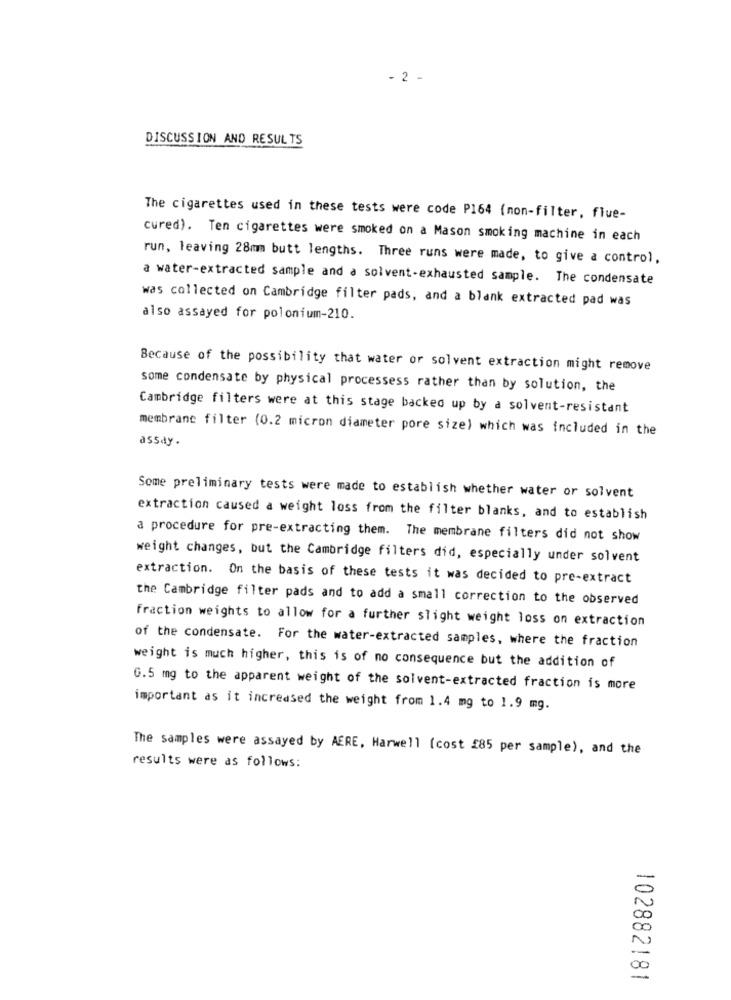
- 2 -
DISCUSSION AND RESULTS
The cigarettes used in these tests were code P164 (non-filter, flue-
cured). Ten cigarettes were smoked on a Mason smoking machine in each
run, leaving 28mm butt lengths. Three runs were made, to give a control,
a water-extracted sample and a solvent-exhausted sample. The condensate
was collected on Cambridge filter pads, and a blank extracted pad was
also assayed for polonium-210.
Because of the possibility that water or solvent extraction might remove
some condensate by physical processess rather than by solution, the
Cambridge filters were at this stage backed up by a solvent-resistant
membrane filter (0.2 micron diameter pore size) which was included in the
assay .
Some preliminary tests were made to establish whether water or solvent
extraction caused a weight loss from the filter blanks, and to establish
a procedure for pre-extracting them. The membrane filters did not show
weight changes, but the Cambridge filters did, especially under solvent
extraction. On the basis of these tests it was decided to pre-extract
the Cambridge filter pads and to add a small correction to the observed
Fraction weights to allow for a further slight weight loss on extraction
of the condensate. For the water-extracted samples, where the fraction
weight is much higher, this is of no consequence but the addition of
G.5 mg to the apparent weight of the solvent-extracted fraction is more
important as it increased the weight from 1.4 mg to 1.9 mg.
The samples were assayed by AERE, Harwell (cost £85 per sample), and the
results were as follows:
102882181